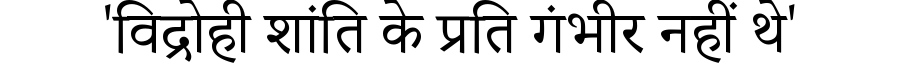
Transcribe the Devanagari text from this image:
'विद्रोही शांति के प्रति गंभीर नहीं थे'